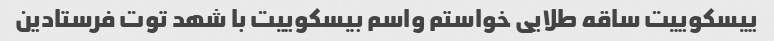
ییسکوییت ساقه طلایی خواستم واسم بیسکوییت با شهد توت فرستادین